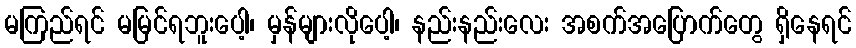
မကြည်ရင် မမြင်ရဘူးပေါ့၊ မှန်များလိုပေါ့၊ နည်းနည်းလေး အစက်အပြောက်တွေ ရှိနေရင်